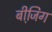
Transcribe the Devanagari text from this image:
बीजि़ंग